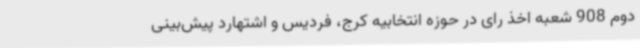
دوم 908 شعبه اخذ رای در حوزه انتخابیه کرج، فردیس و اشتهارد پیش‌بینی